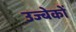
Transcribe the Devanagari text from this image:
उज्बेकों